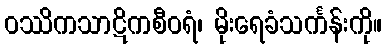
ဝဿိကသာဋိကစီဝရံ၊ မိုးရေခံသင်္ကန်းကို။